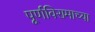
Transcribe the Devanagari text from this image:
पूर्णविरामाच्या